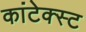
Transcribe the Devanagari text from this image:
कांटेक्स्ट